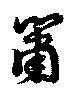
簫